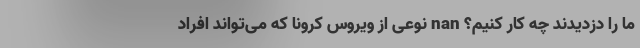
ما را دزدیدند چه کار کنیم؟ nan نوعی از ویروس کرونا که می‌تواند افراد